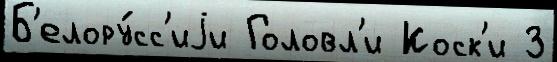
Б'елору́сс'иjи Головл'и Коск'и З